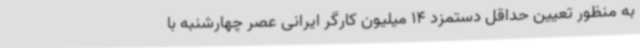
به منظور تعیین حداقل دستمزد 14 میلیون کارگر ایرانی عصر چهارشنبه با